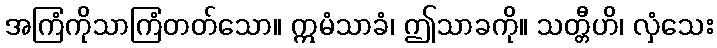
အကြံကိုသာကြံတတ်သော။ ဣမံသာခံ၊ ဤသာခကို။ သတ္တီဟိ၊ လှံသေး